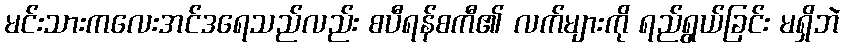
မင်းသားကလေးအင်ဒရေသည်လည်း စပီရန်စကီ၏ လက်များကို ရည်ရွယ်ခြင်း မရှိဘဲ